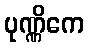
ပုဏ္ဏိကေ